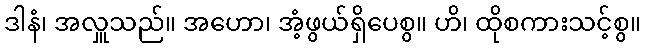
ဒါနံ၊ အလှူသည်။ အဟော၊ အံ့ဖွယ်ရှိပေစွ။ ဟိ၊ ထိုစကားသင့်စွ။